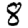
Digit: 8